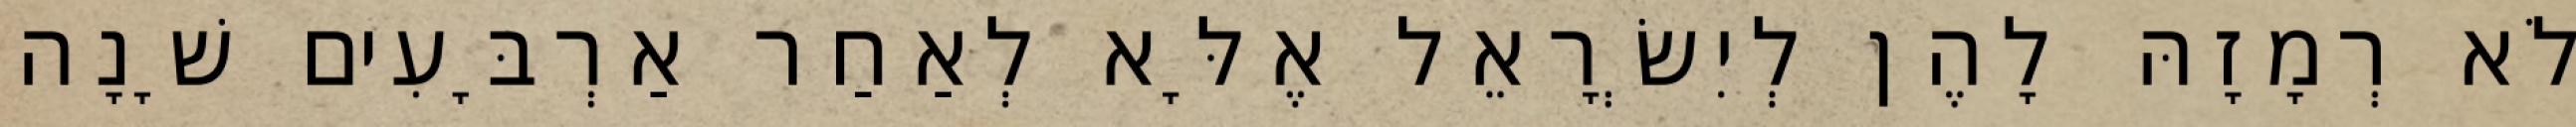
לֹא רְמָזָהּ לָהֶן לְיִשְׂרָאֵל אֶלָּא לְאַחַר אַרְבָּעִים שָׁנָה